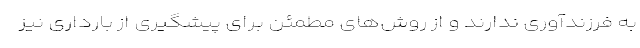
به فرزندآوری ندارند و از روش‌‌های مطمئن برای پیشگیری از بارداری نیز